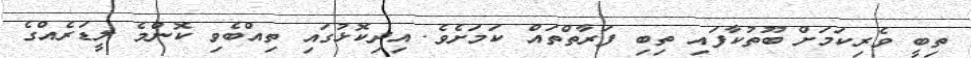
ތިބީ ވެރިކަމަށް ބޫތުކާފައި ތިބި ފަރާތްތައް ކަމަށެވެ. އިދިކޮޅުގައި ތިއްބެވި ކޮންމެ ލީޑަރެއްގެ